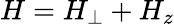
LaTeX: H=H_{\perp}+H_{z}